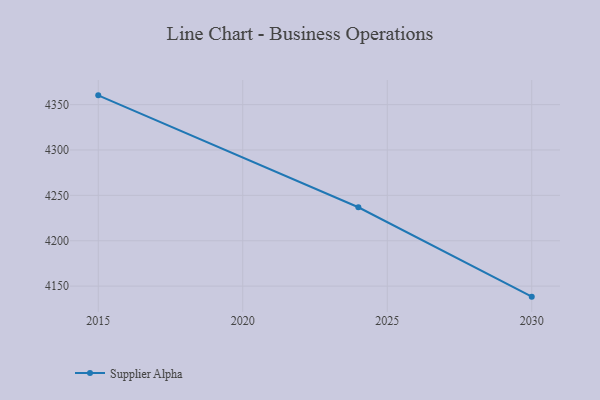
{"axis": {"x": "Year", "y": "Temperature (°C)"}, "legend": ["Supplier Alpha"], "data": [{"x": "2030", "y": 4138.4, "type": "Supplier Alpha"}, {"x": "2024", "y": 4236.9, "type": "Supplier Alpha"}, {"x": "2015", "y": 4360.2, "type": "Supplier Alpha"}]}